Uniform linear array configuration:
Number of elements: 8
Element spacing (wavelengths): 0.75
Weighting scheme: exponential
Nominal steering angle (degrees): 45
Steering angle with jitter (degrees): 46.707
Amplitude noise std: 0.05
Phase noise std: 0.05

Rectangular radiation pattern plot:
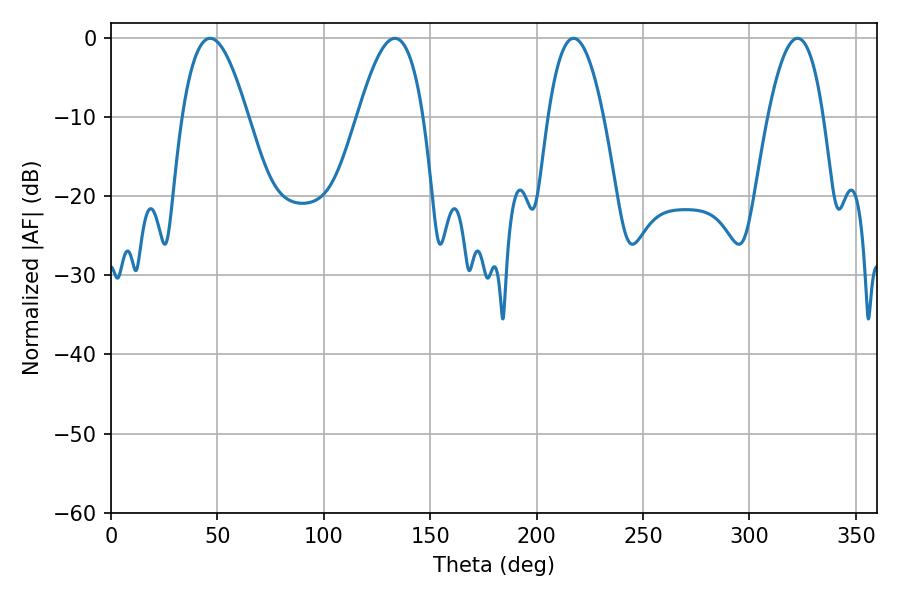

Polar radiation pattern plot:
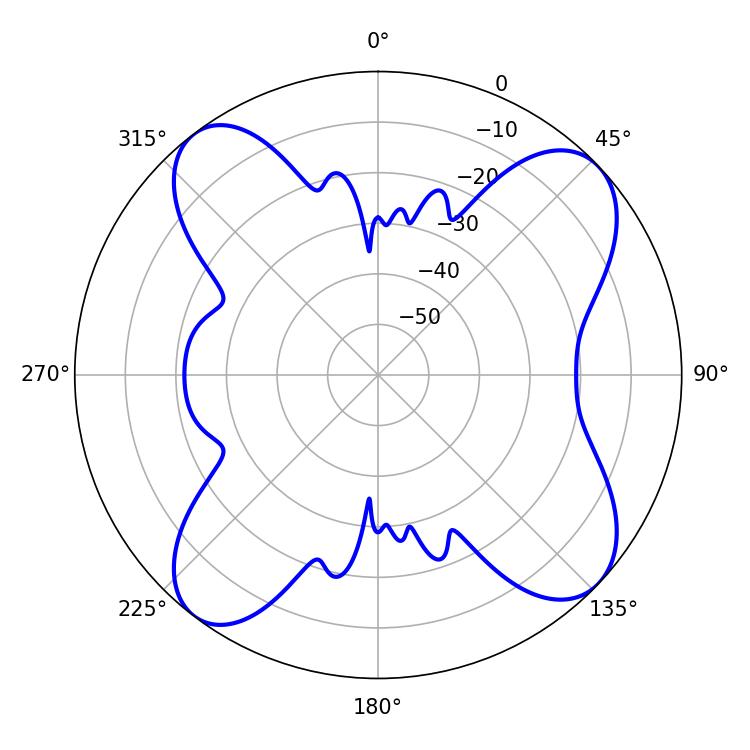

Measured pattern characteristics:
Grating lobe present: TRUE
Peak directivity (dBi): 11.488
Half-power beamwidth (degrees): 16.74
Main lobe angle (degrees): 46.62